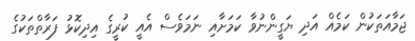
ޖަމާއަތަކުން ކަމެއް އަދި ޔަގީންނުވާ ކަމަށާއި ނަމަވެސް އެއީ ކުރީގެ އިދިކޮޅު ފަރާތްތަކުގެ